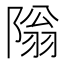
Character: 𫕎